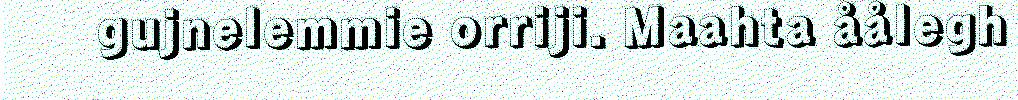
gujnelemmie orriji. Maahta åålegh